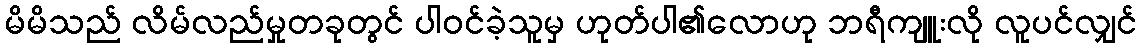
မိမိသည် လိမ်လည်မှုတခုတွင် ပါဝင်ခဲ့သူမှ ဟုတ်ပါ၏လောဟု ဘရီကျူးလို လူပင်လျှင်